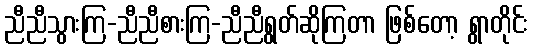
ညီညီသွားကြ-ညီညီစားကြ-ညီညီရွတ်ဆိုကြတာ ဖြစ်တော့ ရွာတိုင်း